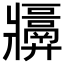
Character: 𬌑